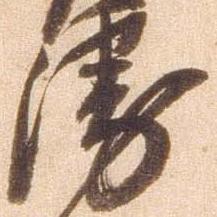
衛